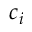
c _ { i }